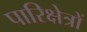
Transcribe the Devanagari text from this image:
पारिक्षेत्रों